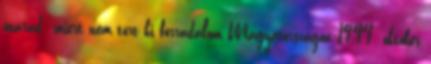
marad: miért nem tört ki forradalom Magyarországon 1944. október